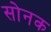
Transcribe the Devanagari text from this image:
सोनक